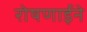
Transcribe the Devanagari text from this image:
रोषणाईने